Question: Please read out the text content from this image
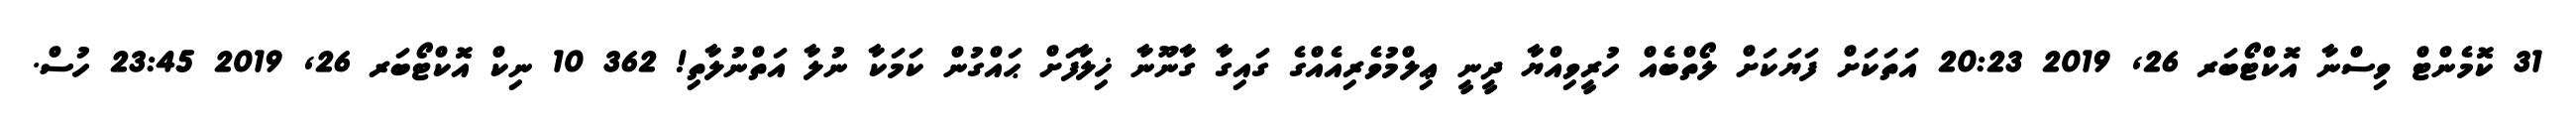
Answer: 31 ކޮމެންޓް ވިސްނާ އޮކްޓޯބަރ 26, 2019 20:23 އަތަކަށް ފަޔަކަށް ލޯތްބެއް ހުރީވިއްޔާ ދީނީ ޢިލްމުވެރިއެއްގެ ގައިގާ ގާނޫނާ ޚިލާފަށް ޙައްގުން ކަމަކާ ނުލާ އަތްނުލާތި! 362 10 ނިކް އޮކްޓޯބަރ 26, 2019 23:45 ހުސް.